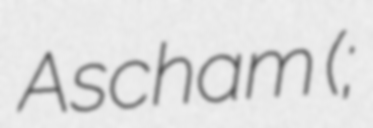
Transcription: Ascham (;